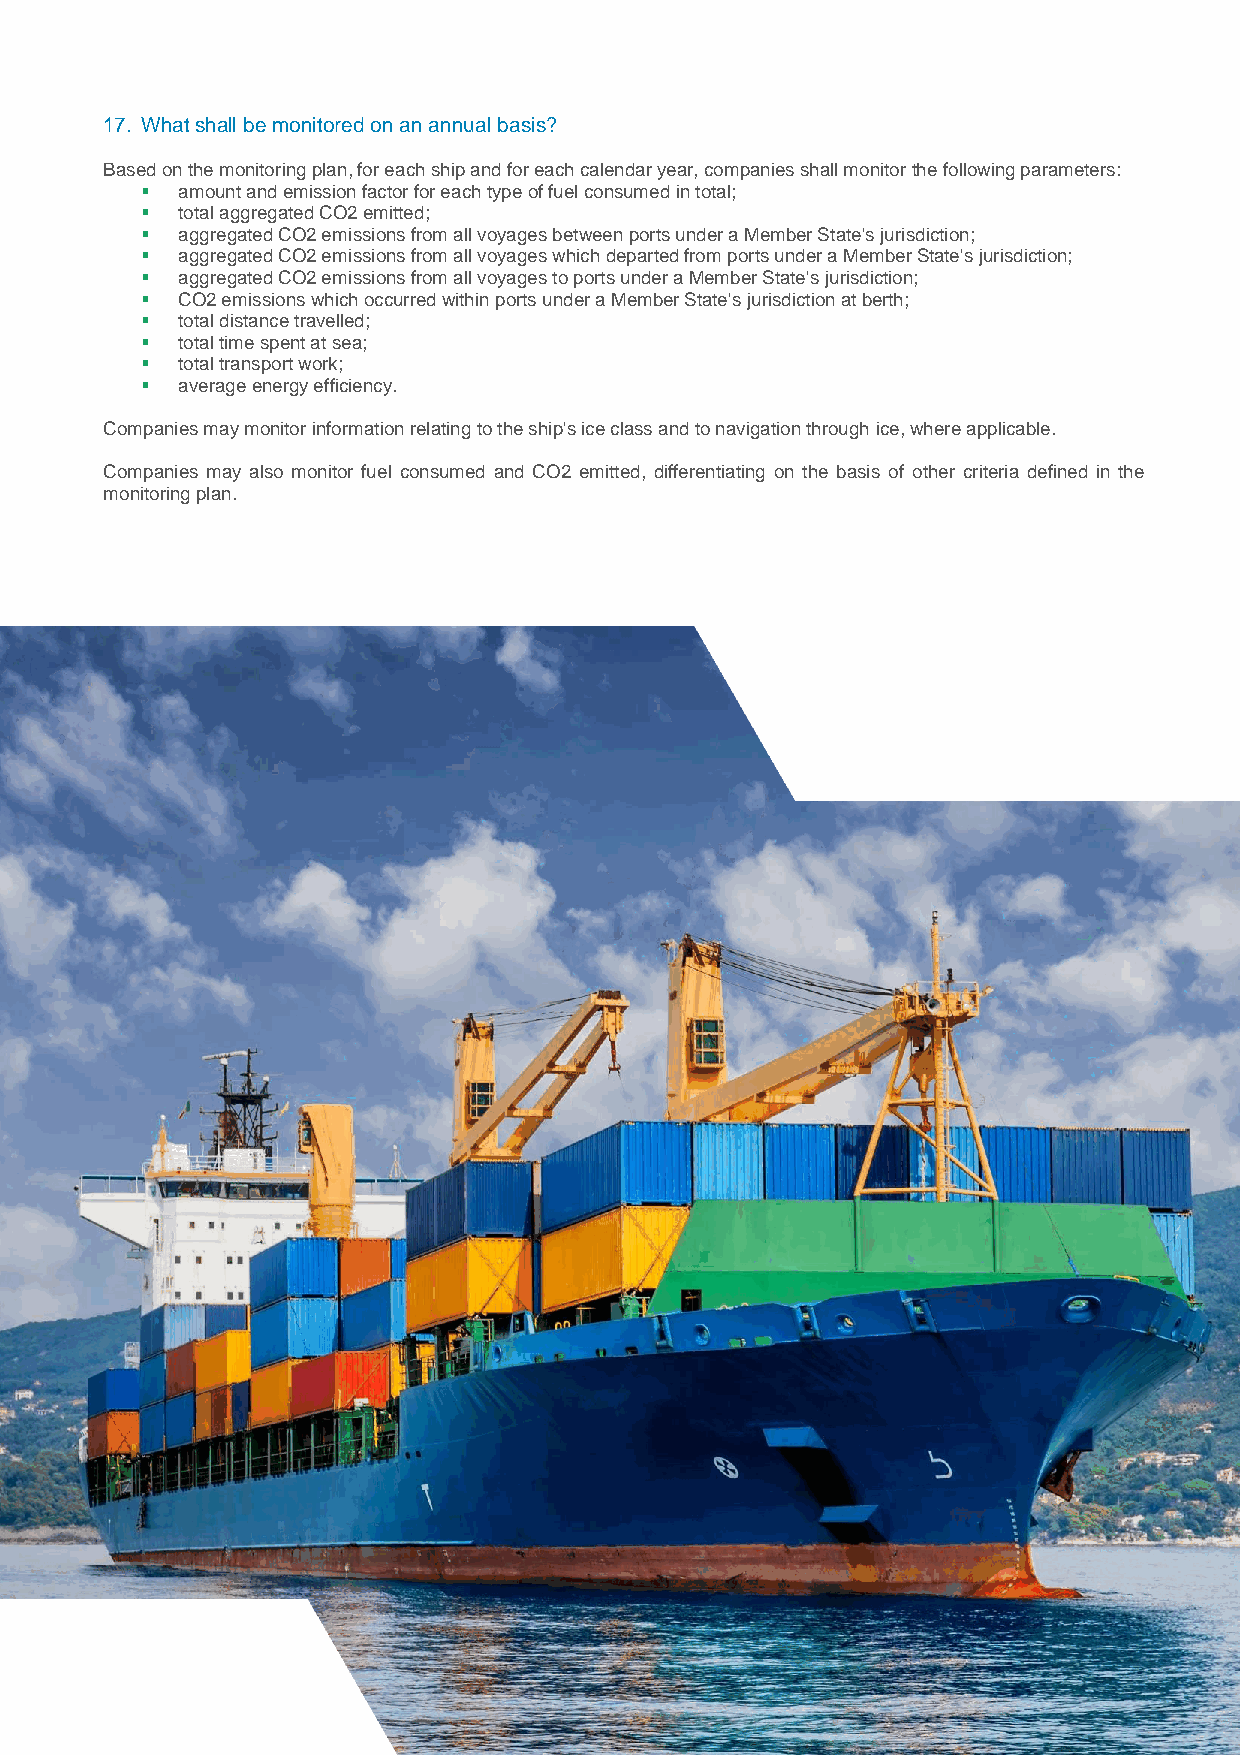
Technical    Publication
 17. What shall be monitored on an annual basis?
 Based on the monitoring plan, for each ship and for each calendar year, companies shall monitor the following parameters:
   amount and emission factor for each type of fuel consumed in total;
   total aggregated CO2 emitted;
   aggregated CO2 emissions from all voyages between ports under a Member State's jurisdiction;
   aggregated CO2 emissions from all voyages which departed from ports under a Member State's jurisdiction;
   aggregated CO2 emissions from all voyages to ports under a Member State's jurisdiction;
   CO2 emissions which occurred within ports under a Member State's jurisdiction at berth;
   total distance travelled;
   total time spent at sea;
   total transport work;
   average energy efficiency.
 Companies may monitor information relating to the ship's ice class and to navigation through ice, where applicable.
 Companies may also monitor fuel consumed and CO2 emitted, differentiating on the basis of other criteria defined in the
 monitoring plan.